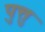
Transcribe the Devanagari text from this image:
पुत्तु